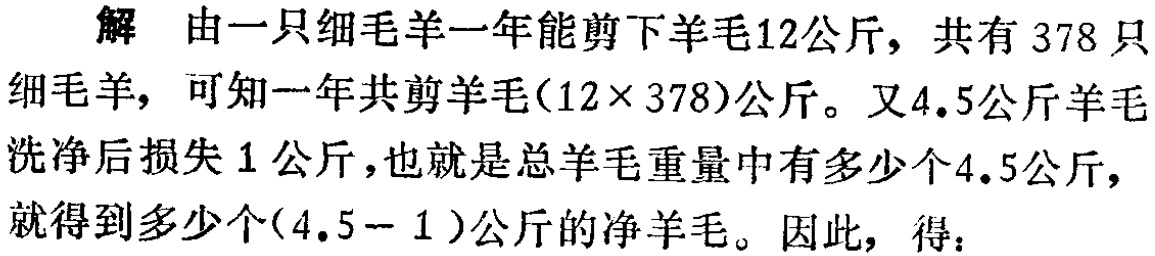
解 由一只细毛羊一年能剪下羊毛12公斤，共有 378 只细毛羊，可知一年共剪羊毛\((12\times 378)\)公斤。又4.5公斤羊毛洗净后损失 1 公斤，也就是总羊毛重量中有多少个4.5公斤，就得到多少个\((4.5 - 1)\)公斤的净羊毛。因此，得：